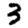
Digit: 3